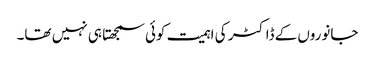
جانوروں‌کے ڈاکٹر کی اہمیت کوئی سمجھتا ہی نہیں تھا۔